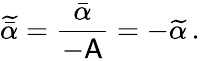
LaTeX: \widetilde{\bar{\alpha}}=\frac{\bar{\alpha}}{-\mathsf{A}}=-\widetilde{\alpha}\, .